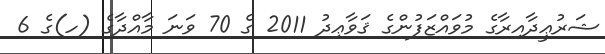
ޝަރުޢީދާއިރާގެ މުވައްޒަފުންގެ ޤަވާޢިދު 2011 ގެ 70 ވަނަ މާއްދާގެ (ހ)ގެ 6